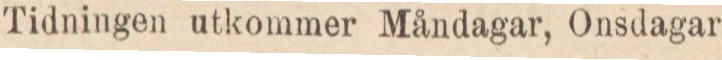
Tidningen utkommer Måndagar, Onsdagar